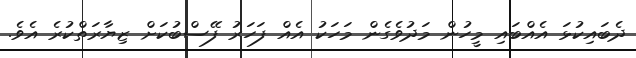
ދެބައިކުޅަ އެއްބައި މީހުން މަދުވެގެން މަހަކު އެއް ފަހަރު ފޭސްބުކަށް ޒިޔާރަތްކުރެ އެވެ.